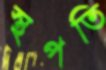
স্থপতি